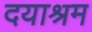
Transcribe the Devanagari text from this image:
दयाश्रम